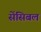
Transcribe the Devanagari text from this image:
सेंसिबल